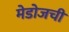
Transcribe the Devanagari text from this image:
मेडोजची